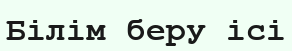
Білім беру ісі